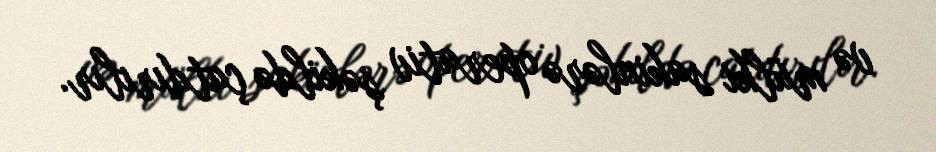
və mülki sakinlərə operativ şəkildə çatdırılır.